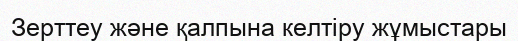
Зерттеу және қалпына келтіру жұмыстары